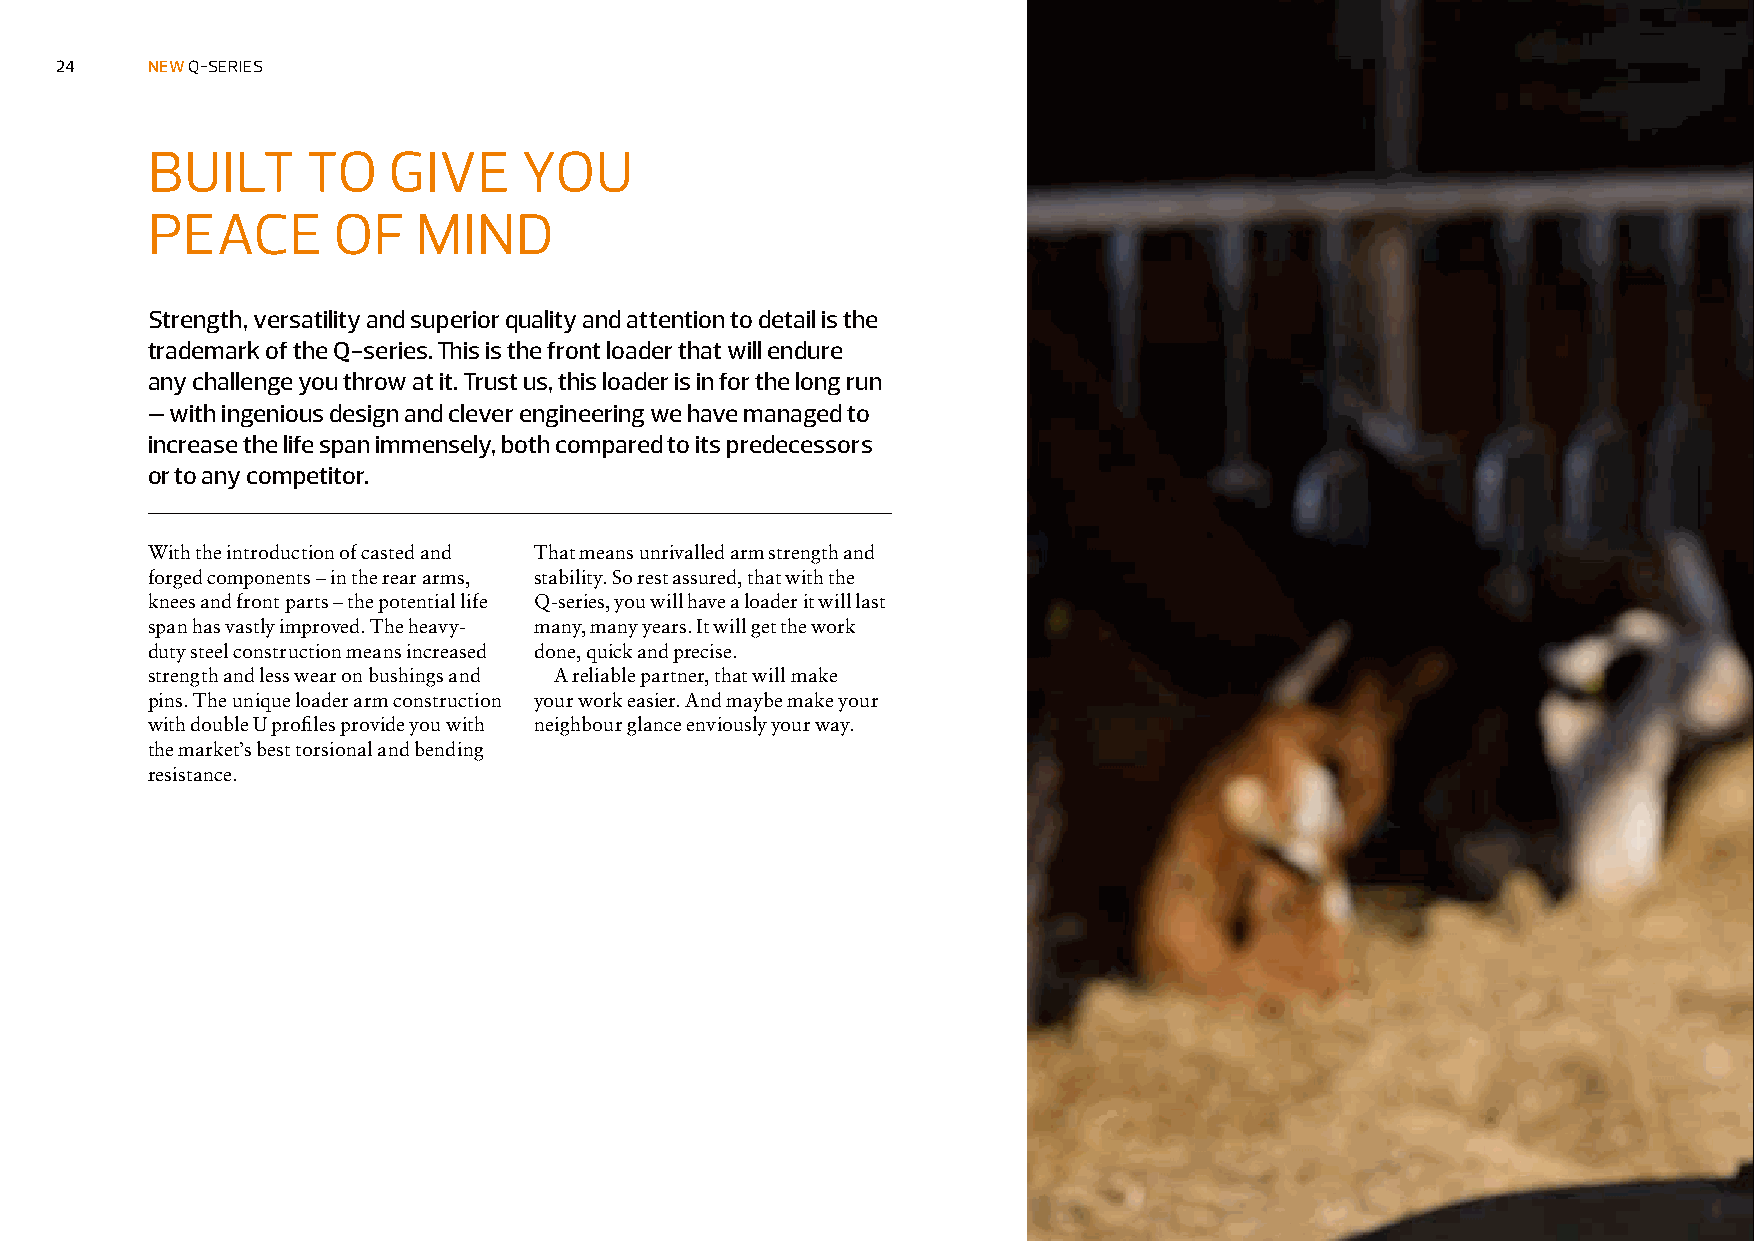
24    NNEEWW QQ--SSEERRIIEESS
 BUILT     TO    GIVE    YOU
 PEACE       OF    MIND
 Strength, versatility and superior quality and attention to detail is the
 trademark of the Q-series. This is the front loader that will endure
 any challenge you throw at it. Trust us, this loader is in for the long run
 – with ingenious design and clever engineering we have managed to
 increase the life span immensely, both compared to its predecessors
 or to any competitor.
 With the introduction of casted and That means unrivalled arm strength and
 forged components – in the rear arms, stability. So rest assured, that with the
 knees and front parts – the potential life Q-series, you will have a loader it will last
 span has vastly improved. The heavy- many, many years. It will get the work
 duty steel construction means increased done, quick and precise.
 strength and less wear on bushings and A reliable partner, that will make
 pins. The unique loader arm construction your work easier. And maybe make your
 with double U profiles provide you with neighbour glance enviously your way.
 the market’s best torsional and bending
 resistance.